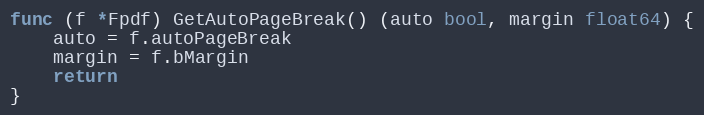
Language: Go
func (f *Fpdf) GetAutoPageBreak() (auto bool, margin float64) {
	auto = f.autoPageBreak
	margin = f.bMargin
	return
}